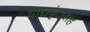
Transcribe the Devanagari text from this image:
वाद्यवृंदासह